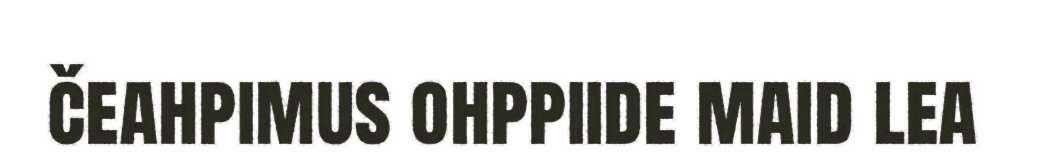
čeahpimus ohppiide maid lea